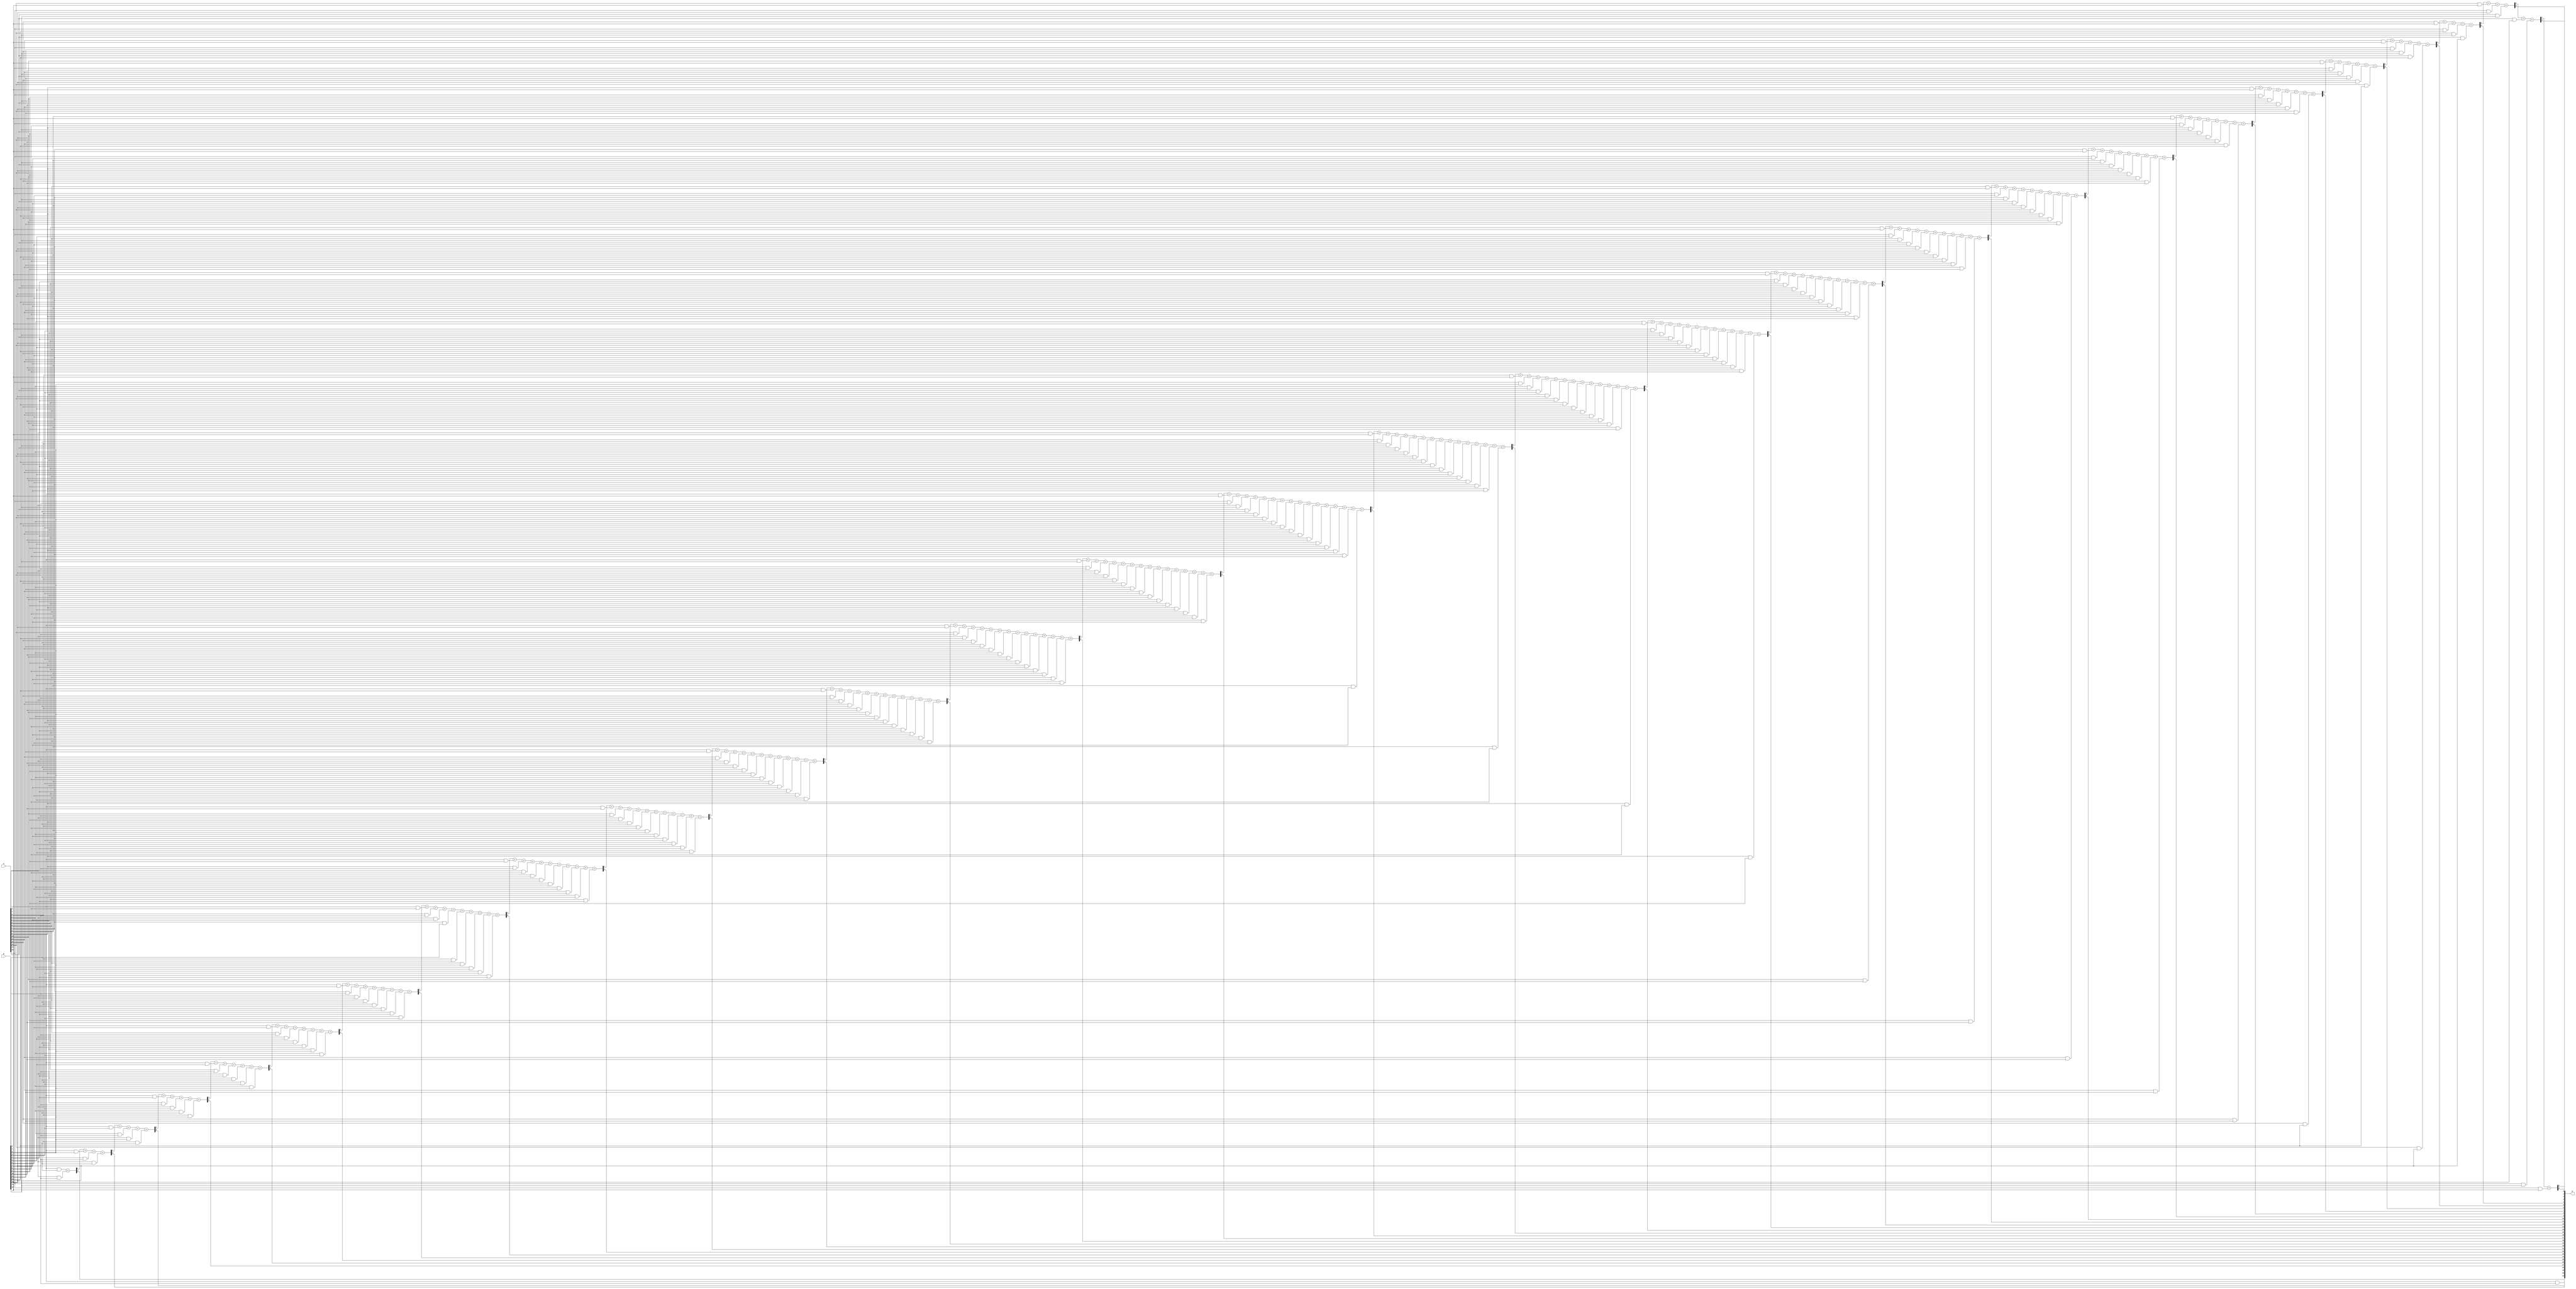
module convol_32bit(A, B, R);

  input [15:0] A, B;
  output [31:0] R;

  // Wires for individual bits of A and B
  wire A0, A1, A2, A3, A4, A5, A6, A7, A8, A9, A10, A11, A12, A13, A14, A15;
  wire B0, B1, B2, B3, B4, B5, B6, B7, B8, B9, B10, B11, B12, B13, B14, B15;

  // Wires for intermediate results R0 to R30
  wire R0, R1, R2, R3, R4, R5, R6, R7, R8, R9, R10, R11, R12, R13, R14, R15;
  wire R16, R17, R18, R19, R20, R21, R22, R23, R24, R25, R26, R27, R28, R29, R30;

  // Wires for carry bits
  wire C1, C2, C3, C4, C5, C6, C7, C8, C9, C10, C11, C12, C13, C14, C15, C16, C17, C18, C19, C20, C21, C22, C23, C24, C25, C26, C27, C28, C29, C30;

  // Assign each bit of A and B to individual wires
  assign A0 = A[0];
  assign A1 = A[1];
  assign A2 = A[2];
  assign A3 = A[3];
  assign A4 = A[4];
  assign A5 = A[5];
  assign A6 = A[6];
  assign A7 = A[7];
  assign A8 = A[8];
  assign A9 = A[9];
  assign A10 = A[10];
  assign A11 = A[11];
  assign A12 = A[12];
  assign A13 = A[13];
  assign A14 = A[14];
  assign A15 = A[15];

  assign B0 = B[0];
  assign B1 = B[1];
  assign B2 = B[2];
  assign B3 = B[3];
  assign B4 = B[4];
  assign B5 = B[5];
  assign B6 = B[6];
  assign B7 = B[7];
  assign B8 = B[8];
  assign B9 = B[9];
  assign B10 = B[10];
  assign B11 = B[11];
  assign B12 = B[12];
  assign B13 = B[13];
  assign B14 = B[14];
  assign B15 = B[15];

  // Combinational logic for multiplication
  assign R0 = A0 & B0;
  assign {C1, R1} = (A0 & B1) + (A1 & B0);
  assign {C2, R2} = C1 + (A0 & B2) + (A2 & B0) + (A1 & B1);
  assign {C3, R3} = C2 + (A0 & B3) + (A3 & B0) + (A1 & B2) + (A2 & B1);
  assign {C4, R4} = C3 + (A0 & B4) + (A4 & B0) + (A1 & B3) + (A3 & B1) + (A2 & B2);
  assign {C5, R5} = C4 + (A0 & B5) + (A5 & B0) + (A1 & B4) + (A4 & B1) + (A2 & B3) + (A3 & B2);
  assign {C6, R6} = C5 + (A0 & B6) + (A6 & B0) + (A1 & B5) + (A5 & B1) + (A2 & B4) + (A4 & B2) + (A3 & B3);
  assign {C7, R7} = C6 + (A0 & B7) + (A7 & B0) + (A1 & B6) + (A6 & B1) + (A2 & B5) + (A5 & B2) + (A3 & B4) + (A4 & B3);
  assign {C8, R8} = C7 + (A0 & B8) + (A8 & B0) + (A1 & B7) + (A7 & B1) + (A2 & B6) + (A6 & B2) + (A3 & B5) + (A5 & B3) + (A4 & B4);
  assign {C9, R9} = C8 + (A0 & B9) + (A9 & B0) + (A1 & B8) + (A8 & B1) + (A2 & B7) + (A7 & B2) + (A3 & B6) + (A6 & B3) + (A4 & B5) + (A5 & B4);
  assign {C10, R10} = C9 + (A0 & B10) + (A10 & B0) + (A1 & B9) + (A9 & B1) + (A2 & B8) + (A8 & B2) + (A3 & B7) + (A7 & B3) + (A4 & B6) + (A6 & B4) + (A5 & B5);
  assign {C11, R11} = C10 + (A0 & B11) + (A11 & B0) + (A1 & B10) + (A10 & B1) + (A2 & B9) + (A9 & B2) + (A3 & B8) + (A8 & B3) + (A4 & B7) + (A7 & B4) + (A5 & B6) + (A6 & B5);
  assign {C12, R12} = C11 + (A0 & B12) + (A12 & B0) + (A1 & B11) + (A11 & B1) + (A2 & B10) + (A10 & B2) + (A3 & B9) + (A9 & B3) + (A4 & B8) + (A8 & B4) + (A5 & B7) + (A7 & B5) + (A6 & B6);
  assign {C13, R13} = C12 + (A0 & B13) + (A13 & B0) + (A1 & B12) + (A12 & B1) + (A2 & B11) + (A11 & B2) + (A3 & B10) + (A10 & B3) + (A4 & B9) + (A9 & B4) + (A5 & B8) + (A8 & B5) + (A6 & B7) + (A7 & B6);
  assign {C14, R14} = C13 + (A0 & B14) + (A14 & B0) + (A1 & B13) + (A13 & B1) + (A2 & B12) + (A12 & B2) + (A3 & B11) + (A11 & B3) + (A4 & B10) + (A10 & B4) + (A5 & B9) + (A9 & B5) + (A6 & B8) + (A8 & B6) + (A7 & B7);
  assign {C15, R15} = C14 + (A0 & B15) + (A15 & B0) + (A1 & B14) + (A14 & B1) + (A2 & B13) + (A13 & B2) + (A3 & B12) + (A12 & B3) + (A4 & B11) + (A11 & B4) + (A5 & B10) + (A10 & B5) + (A6 & B9) + (A9 & B6) + (A7 & B8) + (A8 & B7);
  assign {C16, R16} = C15 + (A1 & B15) + (A15 & B1) + (A2 & B14) + (A14 & B2) + (A3 & B13) + (A13 & B3) + (A4 & B12) + (A12 & B4) + (A5 & B11) + (A11 & B5) + (A6 & B10) + (A10 & B6) + (A7 & B9) + (A9 & B7) + (A8 & B8);
  assign {C17, R17} = C16 + (A2 & B15) + (A15 & B2) + (A3 & B14) + (A14 & B3) + (A4 & B13) + (A13 & B4) + (A5 & B12) + (A12 & B5) + (A6 & B11) + (A11 & B6) + (A7 & B10) + (A10 & B7) + (A8 & B9) + (A9 & B8);
  assign {C18, R18} = C17 + (A3 & B15) + (A15 & B3) + (A4 & B14) + (A14 & B4) + (A5 & B13) + (A13 & B5) + (A6 & B12) + (A12 & B6) + (A7 & B11) + (A11 & B7) + (A8 & B10) + (A10 & B8) + (A9 & B9);
  assign {C19, R19} = C18 + (A4 & B15) + (A15 & B4) + (A5 & B14) + (A14 & B5) + (A6 & B13) + (A13 & B6) + (A7 & B12) + (A12 & B7) + (A8 & B11) + (A11 & B8) + (A9 & B10) + (A10 & B9);
  assign {C20, R20} = C19 + (A5 & B15) + (A15 & B5) + (A6 & B14) + (A14 & B6) + (A7 & B13) + (A13 & B7) + (A8 & B12) + (A12 & B8) + (A9 & B11) + (A11 & B9) + (A10 & B10);
  assign {C21, R21} = C20 + (A6 & B15) + (A15 & B6) + (A7 & B14) + (A14 & B7) + (A8 & B13) + (A13 & B8) + (A9 & B12) + (A12 & B9) + (A10 & B11) + (A11 & B10);
  assign {C22, R22} = C21 + (A7 & B15) + (A15 & B7) + (A8 & B14) + (A14 & B8) + (A9 & B13) + (A13 & B9) + (A10 & B12) + (A12 & B10) + (A11 & B11);
  assign {C23, R23} = C22 + (A8 & B15) + (A15 & B8) + (A9 & B14) + (A14 & B9) + (A10 & B13) + (A13 & B10) + (A11 & B12) + (A12 & B11);
  assign {C24, R24} = C23 + (A9 & B15) + (A15 & B9) + (A10 & B14) + (A14 & B10) + (A11 & B13) + (A13 & B11) + (A12 & B12);
  assign {C25, R25} = C24 + (A10 & B15) + (A15 & B10) + (A11 & B14) + (A14 & B11) + (A12 & B13) + (A13 & B12);
  assign {C26, R26} = C25 + (A11 & B15) + (A15 & B11) + (A12 & B14) + (A14 & B12) + (A13 & B13);
  assign {C27, R27} = C26 + (A12 & B15) + (A15 & B12) + (A13 & B14) + (A14 & B13);
  assign {C28, R28} = C27 + (A13 & B15) + (A15 & B13) + (A14 & B14);
  assign {C29, R29} = C28 + (A14 & B15) + (A15 & B14);
  assign {C30, R30} = C29 + (A15 & B15);

  // Concatenate all R bits to form the 32-bit result R
  assign R = {R0, R1, R2, R3, R4, R5, R6, R7, R8, R9, R10, R11, R12, R13, R14, R15, R16, R17, R18, R19, R20, R21, R22, R23, R24, R25, R26, R27, R28, R29, R30, C30};

endmodule